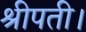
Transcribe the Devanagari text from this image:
श्रीपती।